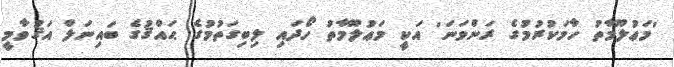
'މަޢުލޫމާތު ހާމަކުރުމުގެ ރަންވަނަ' އަކީ މަޢުލޫމާތު ހޯދައި ލިބިގަތުމުގެ ޙައްޤުގެ ބައިނަލް އަޤުވާމީ